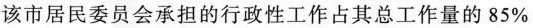
该市居民委员会承担的行政性工作占其总工作量的85%